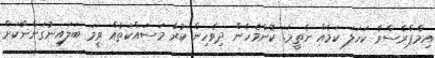
އިމްޕްރެސްވާ ކަހަލަ ކަމެއް ނެތީމަ. ކޮންމެހެން ދިވެހިން ކުރާ މަސައްކަތެއް ވީމަ ބަލައިނުގަންނާކަށް